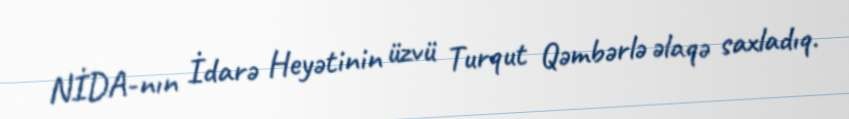
NİDA-nın İdarə Heyətinin üzvü Turqut Qəmbərlə əlaqə saxladıq.